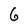
Character: 6